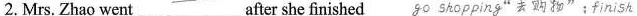
2. Mrs. Zhao went___after she finished